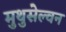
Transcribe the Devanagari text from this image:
मुथुसेल्वन